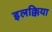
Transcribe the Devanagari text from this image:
इलक्किया